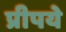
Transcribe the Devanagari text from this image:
प्रीपये